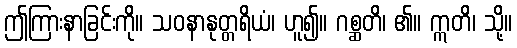
ဤကြားနာခြင်းကို။ သဝနာနုတ္တရိယံ၊ ဟူ၍။ ဂစ္ဆတိ၊ ၏။ ဣတိ၊ သို့။